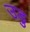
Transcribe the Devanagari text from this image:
उडु